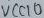
Text: VCC10